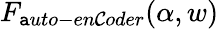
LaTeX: F_{\mathtt{a}uto-en\mathcal{C}oder}(\alpha,w)